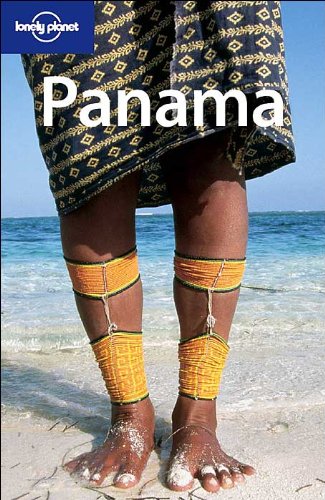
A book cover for Panama (Lonely Planet Panama); Regis St Louis; Travel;